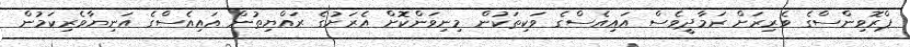
ޕްރޮވިންސްގެ ވެރިރަށް ރަމާދީވެސް އައިއެސްގެ ވަކިތަކުން މިނިވަންކޮށް އެރަށުގެ ރައްޔިތުން އައިއެސްގެ އަނިޔާވެރިކަމުން